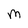
Character: M